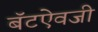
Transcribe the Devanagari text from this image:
बॅटऐवजी